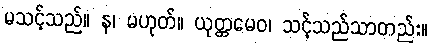
မသင့်သည်။ န၊ မဟုတ်။ ယုတ္တမေဝ၊ သင့်သည်သာတည်း။